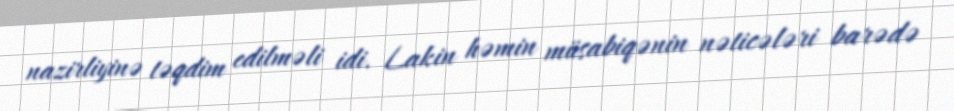
nazirliyinə təqdim edilməli idi. Lakin həmin müsabiqənin nəticələri barədə